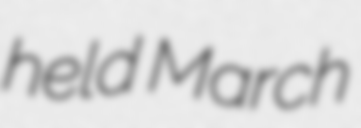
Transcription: held March